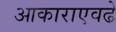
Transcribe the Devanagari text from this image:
आकाराएवढे